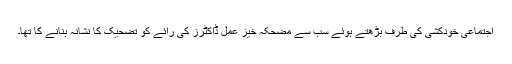
اجتماعی خودکشی کی طرف بڑھتے ہوئے سب سے مضحکہ خیز عمل ڈاکٹرز کی رائے کو تضحیک کا نشانہ بنانے کا تھا۔